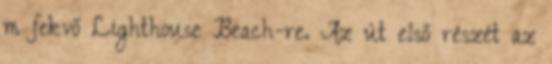
m fekvő Lighthouse Beach-re. Az út első részét az